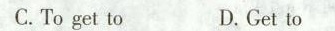
C.To get to D.Get to